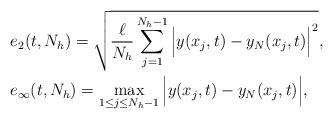
LaTeX: \begin{align*}&e_2(t,N_h)=\sqrt{\frac{\ell}{N_h}\sum^{N_h-1}_{j=1}\Big|y(x_j,t)-y_N(x_j,t)\Big|^2},\\&e_\infty(t,N_h)=\max\limits_{1\leq j\leq N_h-1}\Big|y(x_j,t)-y_N(x_j,t)\Big|,\end{align*}